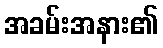
အခမ်းအနား၏